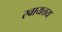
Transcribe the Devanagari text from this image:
स्वायत्तय